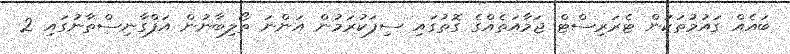
ބައެއް ގައުމުތަކުން ޓެރަރިސްޓް ޖަމާއަތެއްގެ ގޮތުގައި ސިފަކުރަމުން އަންނަ ތޯލިބާނުން އަފްގާނިސްތާނުގައި 2